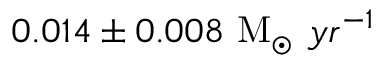
0 . 0 1 4 \pm 0 . 0 0 8 ~ \mathrm { M } _ { \odot } ~ y r ^ { - 1 }